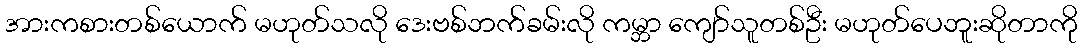
အားကစားတစ်ယောက် မဟုတ်သလို ဒေးဗစ်ဘက်ခမ်းလို ကမ္ဘာ ကျော်သူတစ်ဦး မဟုတ်ပေဘူးဆိုတာကို